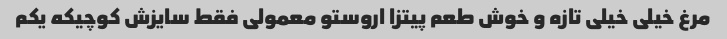
مرغ خیلی خیلی تازه و خوش طعم پیتزا اروستو معمولی فقط سایزش کوچیکه یکم